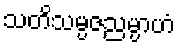
သတိသမ္ပဇညမ္ပာဟံ